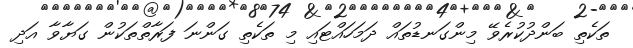
ތަކެތި ބަންދުކުރެވޭ މިންގަނޑުތައް ދަމަހައްޓައި މި ތަކެތި ގަންނަ ފަރާތްތަކުން ގަޔާވާ އަދި